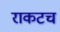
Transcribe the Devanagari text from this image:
राकटच